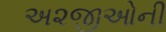
અ૨જીઓની